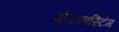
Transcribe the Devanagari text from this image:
ब्रौडकास्टिंग